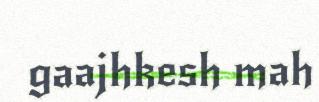
gaajhkesh mah